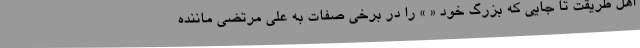
اهلِ طریقت تا جایی که بزرگ خود « » را در برخی صفات به علی مرتضی ماننده